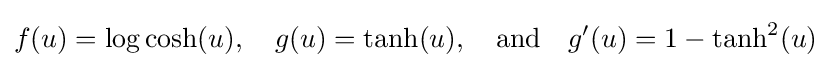
f(u)=\log \cosh(u),\quad g(u)=\tanh(u),\quad {\text{and}}\quad {g}'(u)=1-\tanh ^{2}(u)